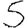
Digit: 5